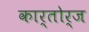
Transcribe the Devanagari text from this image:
कार्तोर्ज